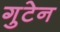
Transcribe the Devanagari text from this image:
गुटेन